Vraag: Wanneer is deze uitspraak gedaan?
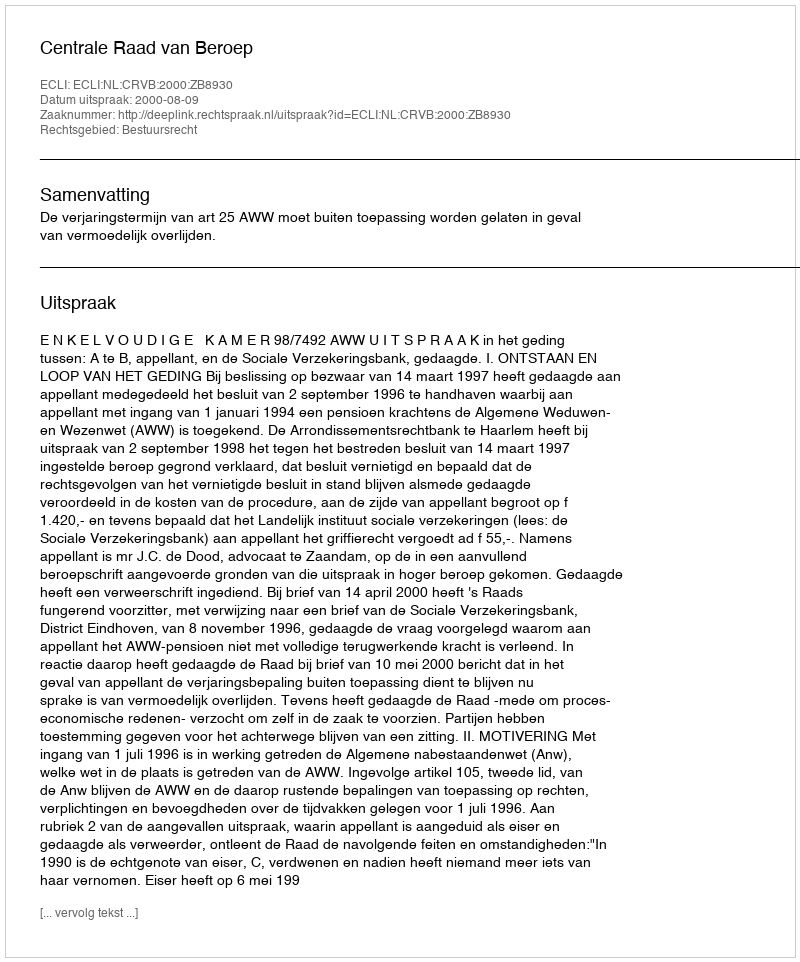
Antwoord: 2000-08-09